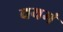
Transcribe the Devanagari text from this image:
वयमं